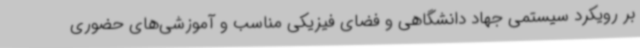
بر رویکرد سیستمی جهاد دانشگاهی و فضای فیزیکی مناسب و آموزشی‌های حضوری